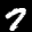
Label: 7